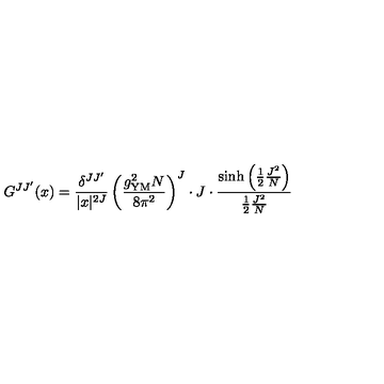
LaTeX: G ^ { J J ^ { \prime } } ( x ) = \frac { \delta ^ { J J ^ { \prime } } } { | x | ^ { 2 J } } \left( \frac { g _ { \mathrm { Y M } } ^ { 2 } N } { 8 \pi ^ { 2 } } \right) ^ { J } \cdot J \cdot \frac { \sinh \left( \frac { 1 } { 2 } \frac { J ^ { 2 } } { N } \right) } { \frac { 1 } { 2 } \frac { J ^ { 2 } } { N } }